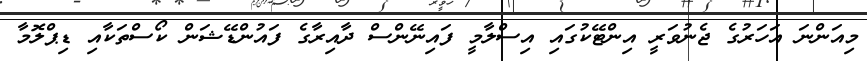
މިއަންނަ އަހަރުގެ ޖެނުވަރީ އިންޓޭކުގައި އިސްލާމީ ފައިނޭންސް ދާއިރާގެ ފައުންޑޭޝަން ކޯސްތަކާއި ޑިޕްލޮމާ